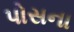
પોસના